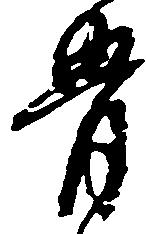
骨